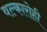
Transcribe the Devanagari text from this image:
वल्कारोही